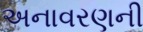
અનાવરણની